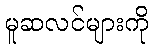
မူဆလင်များကို